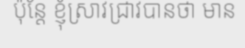
ប៉ុន្តែ ខ្ញុំស្រាវជ្រាវបានថា មាន